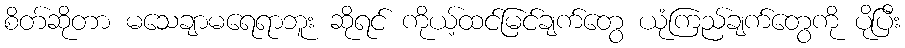
စိတ်ဆိုတာ မသေချာမရေရာဘူး ဆိုရင် ကိုယ့်ထင်မြင်ချက်တွေ ယုံကြည်ချက်တွေကို ပိုပြီး